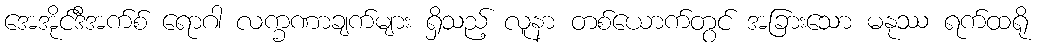
အေအိုင်ဒီအက်စ် ရောဂါ လက္ခဏာချက်များ ရှိသည့် လူနာ တစ်ယောက်တွင် အခြားသော မနုဿ ရက်ထရို